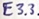
Text: E3.3